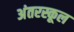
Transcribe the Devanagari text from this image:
अंतरस्कूल